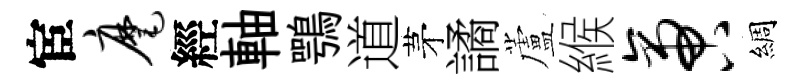
宦麾經軸鶚道茅譎蘆緱啻綢